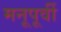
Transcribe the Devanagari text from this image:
मनूपूर्वी